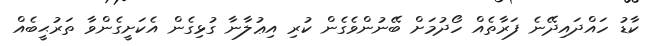
ކާޑު ހައްދައިދޭނެ ފަރާތެއް ހޯދުމަށް ބޭނުންވެގެން ކުރި އިޢުލާނާ ގުޅިގެން އެކަށީގެންވާ ތަރުޙީބެއް